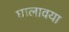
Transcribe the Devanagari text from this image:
घालावया